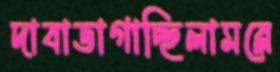
দাবাভাগাচ্ছিলামব্লে